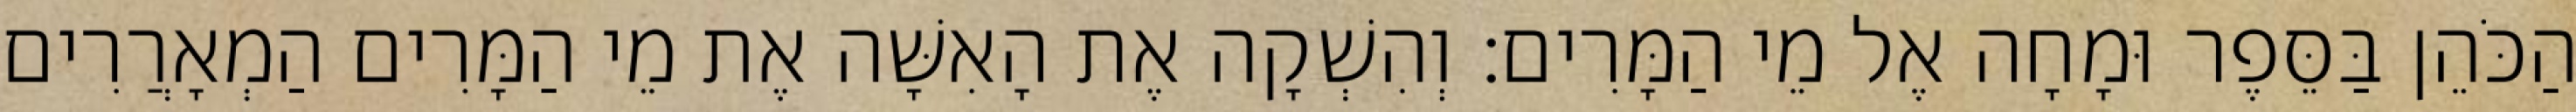
הַכֹּהֵן בַּסֵּפֶר וּמָחָה אֶל מֵי הַמָּרִים׃ וְהִשְׁקָה אֶת הָאִשָּׁה אֶת מֵי הַמָּרִים הַמְאָרֲרִים